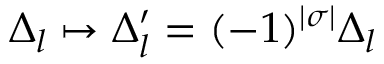
\Delta _ { l } \mapsto \Delta _ { l } ^ { \prime } = ( - 1 ) ^ { | \sigma | } \Delta _ { l }